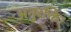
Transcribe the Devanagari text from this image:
अनुरक्ति।